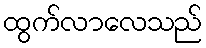
ထွက်လာလေသည်